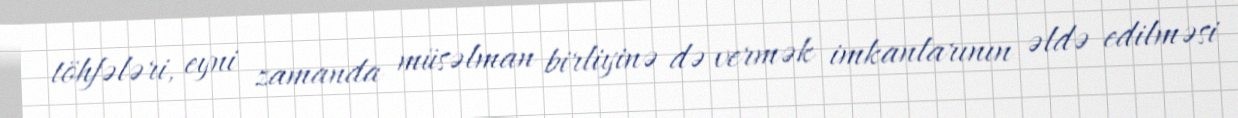
töhfələri, eyni zamanda müsəlman birliyinə də vermək imkanlarının əldə edilməsi